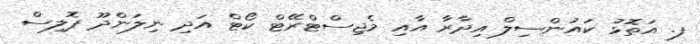
ފ. އަތޮޅު ކައުންސިލް އިދާރާ އާއި މެޖިސްޓްރޭޓް ކޯޓް އަދި ނިލަންދޫ ޕޮލިސް